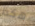
هكذا